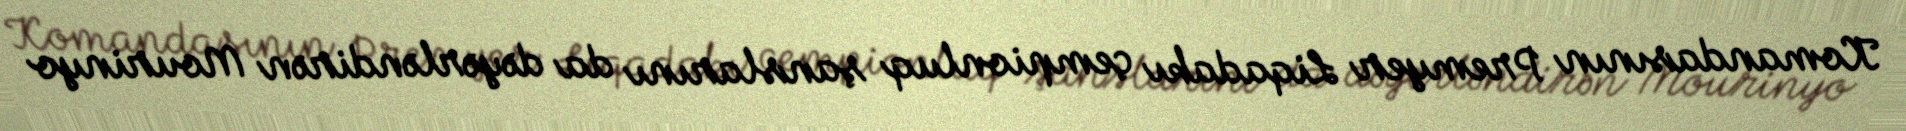
Komandasının Premyer Liqadakı çempionluq şanslarını da dəyərləndirən Mourinyo